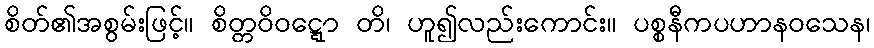
စိတ်၏အစွမ်းဖြင့်။ စိတ္တဝိဝဋ္ဋော တိ၊ ဟူ၍လည်းကောင်း။ ပစ္စနီကပဟာနဝသေန၊